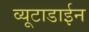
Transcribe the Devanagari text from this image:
व्यूटाडाईन